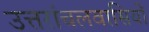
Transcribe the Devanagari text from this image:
उत्तरांचलवासियों